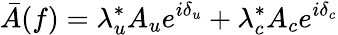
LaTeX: \bar{A}(f)=\lambda_{u}^{*}A_{u}e^{i\delta_{u}}+\lambda_{c}^{*}A_{c}e^{i\delta_{c}}